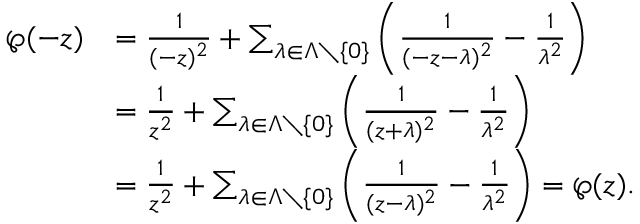
{ \begin{array} { r l } { \wp ( - z ) } & { = { \frac { 1 } { ( - z ) ^ { 2 } } } + \sum _ { \lambda \in \Lambda \setminus \{ 0 \} } \left( { \frac { 1 } { ( - z - \lambda ) ^ { 2 } } } - { \frac { 1 } { \lambda ^ { 2 } } } \right) } \\ & { = { \frac { 1 } { z ^ { 2 } } } + \sum _ { \lambda \in \Lambda \setminus \{ 0 \} } \left( { \frac { 1 } { ( z + \lambda ) ^ { 2 } } } - { \frac { 1 } { \lambda ^ { 2 } } } \right) } \\ & { = { \frac { 1 } { z ^ { 2 } } } + \sum _ { \lambda \in \Lambda \setminus \{ 0 \} } \left( { \frac { 1 } { ( z - \lambda ) ^ { 2 } } } - { \frac { 1 } { \lambda ^ { 2 } } } \right) = \wp ( z ) . } \end{array} }